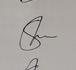
Signature authenticity: genuine